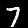
Digit: 7